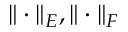
\| \cdot \| _ { E } , \| \cdot \| _ { F }